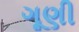
ગૂણી